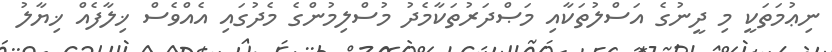
ނިޢުމަތަކީ މި ދީނުގެ އަސްލުތަކާއި މަޞްދަރުތަކާމެދު މުސްލިމުންގެ މެދުގައި އެއްވެސް ޚިލާފެއް ޚިޔާލު